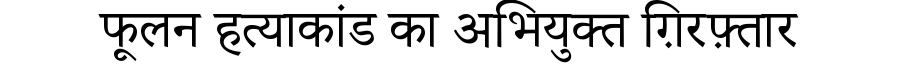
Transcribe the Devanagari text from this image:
फूलन हत्याकांड का अभियुक्त ग़िरफ़्तार